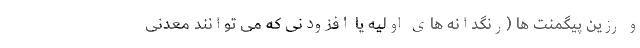
و رزین پیگمنت ها (رنگدانه های اولیه یا افزودنی که می توانند معدنی